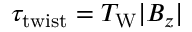
\tau _ { \mathrm { t w i s t } } = T _ { \mathrm { W } } | B _ { z } |